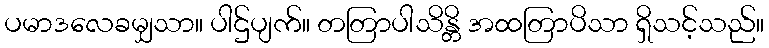
ပမာဒလေခမျှသာ။ ပါဌ်ပျက်။ တတြာပါသိန္တိ အထတြာပိသာ ရှိသင့်သည်။